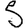
Digit: 5